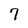
Character: 7